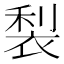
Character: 𮖇